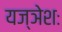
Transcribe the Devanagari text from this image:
यज्ञेशः